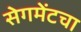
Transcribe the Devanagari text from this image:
सेगमेंटचा